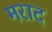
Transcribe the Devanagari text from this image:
मराद